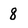
Character: 8